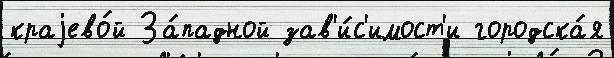
краjево́й За́падной зав'и́с'имост'и городска́я